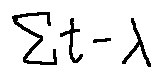
\sum t - \lambda